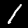
Label: 1